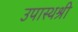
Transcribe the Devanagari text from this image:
उपास्थश्री